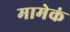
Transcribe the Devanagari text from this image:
मामेकं